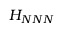
H _ { N N N }